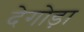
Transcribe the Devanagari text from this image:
देगोड़ा